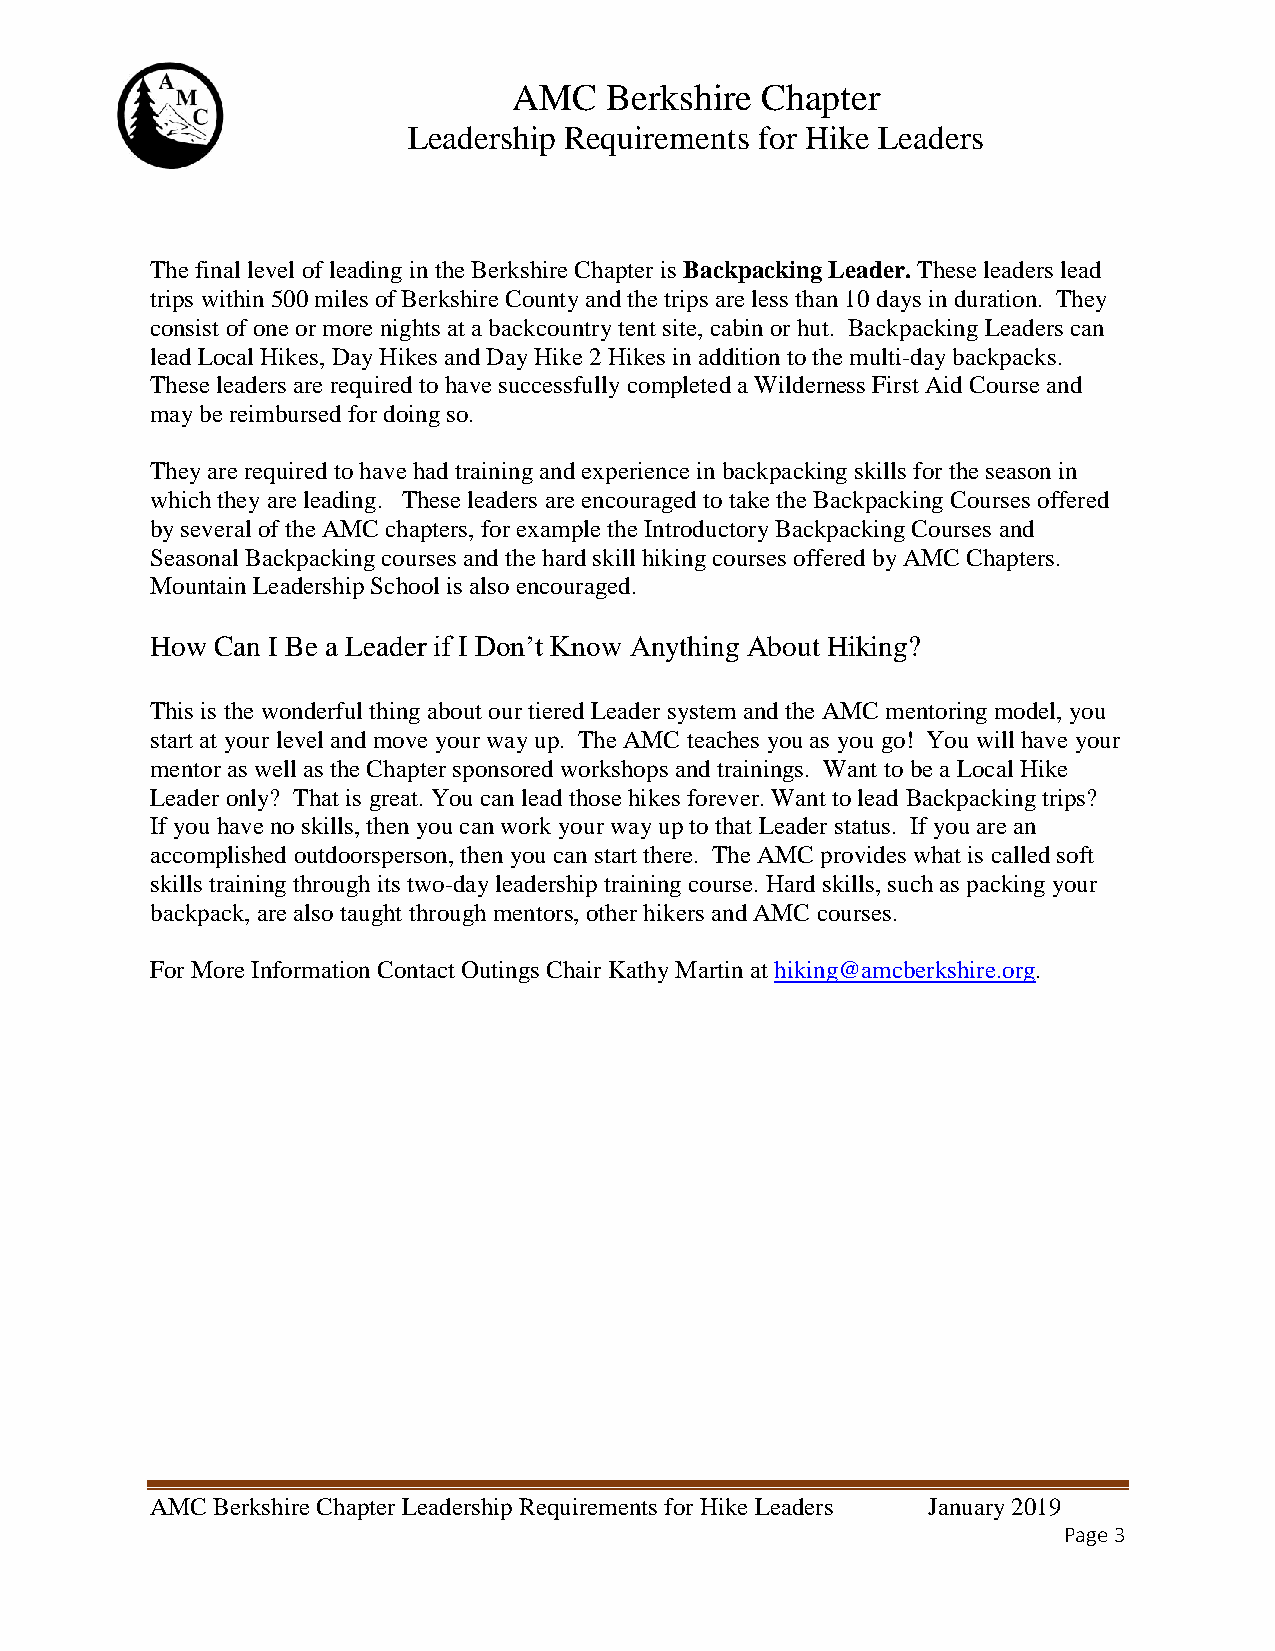
AMC   Berkshire Chapter
 Leadership Requirements for Hike Leaders
 The final level of leading in the Berkshire Chapter is Backpacking Leader. These leaders lead
 trips within 500 miles of Berkshire County and the trips are less than 10 days in duration. They
 consist of one or more nights at a backcountry tent site, cabin or hut. Backpacking Leaders can
 lead Local Hikes, Day Hikes and Day Hike 2 Hikes in addition to the multi-day backpacks.
 These leaders are required to have successfully completed a Wilderness First Aid Course and
 may be reimbursed for doing so.
 They are required to have had training and experience in backpacking skills for the season in
 which they are leading. These leaders are encouraged to take the Backpacking Courses offered
 by several of the AMC chapters, for example the Introductory Backpacking Courses and
 Seasonal Backpacking courses and the hard skill hiking courses offered by AMC Chapters.
 Mountain Leadership School is also encouraged.
 How Can I Be a Leader if I Don’t Know Anything About Hiking?
 This is the wonderful thing about our tiered Leader system and the AMC mentoring model, you
 start at your level and move your way up. The AMC teaches you as you go! You will have your
 mentor as well as the Chapter sponsored workshops and trainings. Want to be a Local Hike
 Leader only? That is great. You can lead those hikes forever. Want to lead Backpacking trips?
 If you have no skills, then you can work your way up to that Leader status. If you are an
 accomplished outdoorsperson, then you can start there. The AMC provides what is called soft
 skills training through its two-day leadership training course. Hard skills, such as packing your
 backpack, are also taught through mentors, other hikers and AMC courses.
 For More Information Contact Outings Chair Kathy Martin at hiking@amcberkshire.org.
 AMC Berkshire Chapter Leadership Requirements for Hike Leaders January 2019
 Page 3